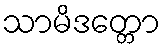
သာမိဒတ္တော